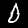
Digit: 0